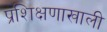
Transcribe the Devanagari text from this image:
प्रशिक्षणाखाली